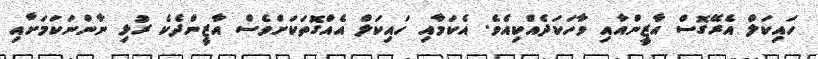
ހައިކަލް އެރޭގޮސް އާޒީންއާއި ވާހަކަދެއްކިއެވެ. އެކަމާއި ހައިކަލް އެއްގޮތަކަށްވެސް އާޒީންދެކެ ރުޅި ނާންނަކަމަށާއި